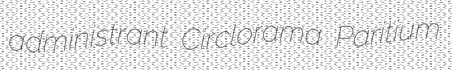
administrant Circlorama Paritium